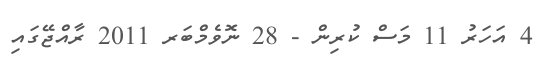
4 އަހަރު 11 މަސް ކުރިން - 28 ނޮވެމްބަރ 2011 ރާއްޖޭގައި